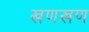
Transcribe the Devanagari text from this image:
खणखण